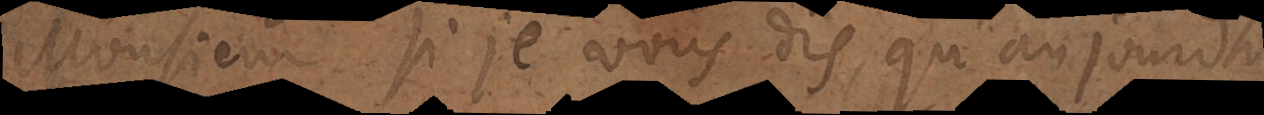
Monsieur, si je vous dis, qu’aujourdhuy